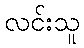
လင်းသူ